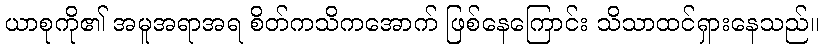
ယာစုကို၏ အမူအရာအရ စိတ်ကသိကအောက် ဖြစ်နေကြောင်း သိသာထင်ရှားနေသည်။